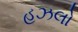
હઝલો